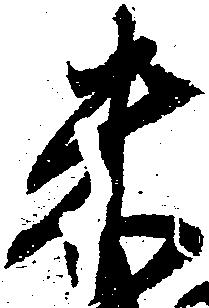
米